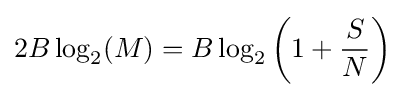
2B\log _{2}(M)=B\log _{2}\left(1+{\frac {S}{N}}\right)